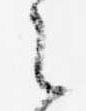
之